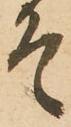
そ